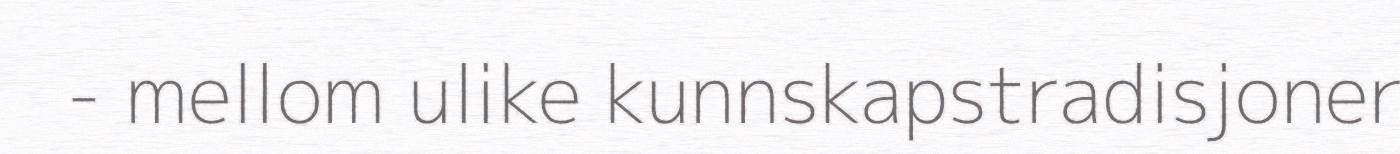
- mellom ulike kunnskapstradisjoner